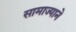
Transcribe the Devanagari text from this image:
सामाज्याने